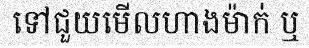
ទៅជួយមើលហាងម៉ាក់ ឬ